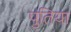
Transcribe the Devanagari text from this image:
पुतिया